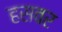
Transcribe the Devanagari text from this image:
हसवर